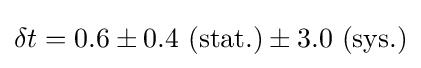
\delta t=0.6\pm 0.4\ (\mathrm {stat.} )\pm 3.0\ (\mathrm {sys.} )